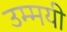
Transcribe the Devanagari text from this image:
उम्मयी